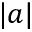
| a |